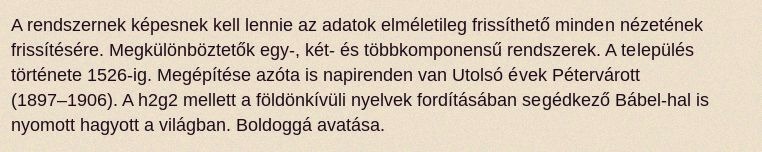
A rendszernek képesnek kell lennie az adatok elméletileg frissíthető minden nézetének frissítésére. Megkülönböztetők egy-, két- és többkomponensű rendszerek. A település története 1526-ig. Megépítése azóta is napirenden van Utolsó évek Pétervárott (1897–1906). A h2g2 mellett a földönkívüli nyelvek fordításában segédkező Bábel-hal is nyomott hagyott a világban. Boldoggá avatása.